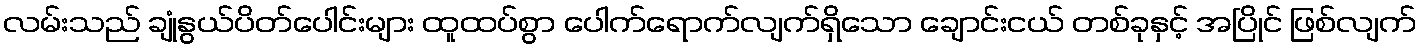
လမ်းသည် ချုံနွယ်ပိတ်ပေါင်းများ ထူထပ်စွာ ပေါက်ရောက်လျက်ရှိသော ချောင်းငယ် တစ်ခုနှင့် အပြိုင် ဖြစ်လျက်